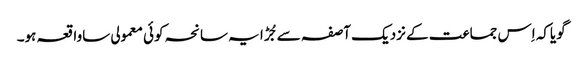
گویاکہ اِس جماعت کے نزدیک آصفہ سے جُڑا یہ سانحہ کوئی معمولی ساواقعہ ہو۔